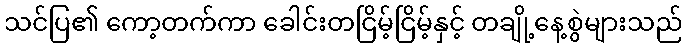
သင်ပြ၏ ကော့တက်ကာ ခေါင်းတငြိမ့်ငြိမ့်နှင့် တချို့နေ့စွဲများသည်